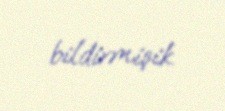
bildirmişik.